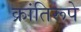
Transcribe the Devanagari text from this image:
क्रांतिरूपे